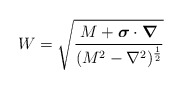
\begin{align*}W = \sqrt{\frac{M+\mbox{\boldmath $\sigma$} \cdot \mbox{\boldmath $\nabla$}}{(M^{2} - \nabla^{2})^{\frac{1}{2}}}}\end{align*}